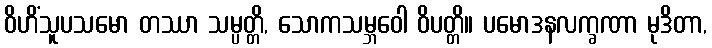
ဝိဟိံသူပသမော တဿာ သမ္ပတ္တိ, သောကသမ္ဘဝေါ ဝိပတ္တိ။ ပမောဒနလက္ခဏာ မုဒိတာ,